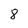
Character: 8